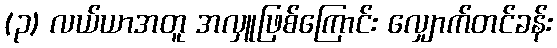
(၃) လယ်ယာအတူ အလှူဖြစ်ကြောင်း လျှောက်တင်ခန်း